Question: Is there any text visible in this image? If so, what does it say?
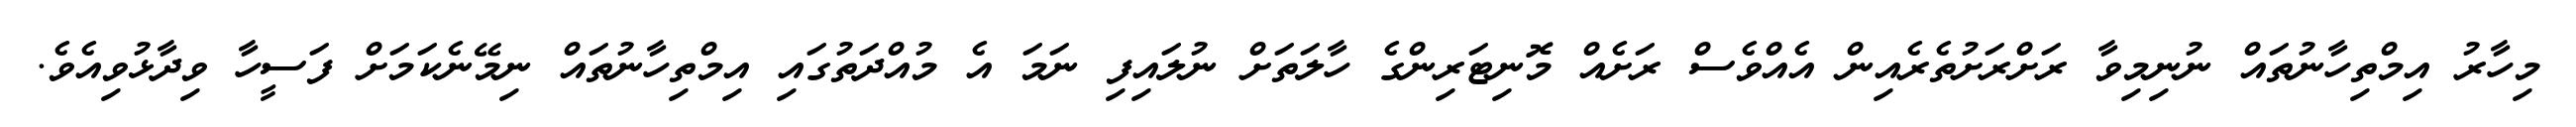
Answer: މިހާރު އިމްތިހާނުތައް ނުނިމިވާ ރަށްރަށުތެރެއިން އެއްވެސް ރަށެއް މޮނިޓަރިންގެ ހާލަތަށް ނުލައިފި ނަމަ އެ މުއްދަތުގައި އިމްތިހާނުތައް ނިމޭނެކަމަށް ފަސީހާ ވިދާޅުވިއެވެ.